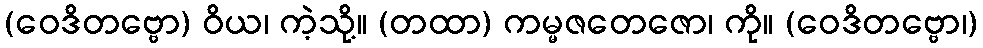
(ဝေဒိတဗ္ဗော) ဝိယ၊ ကဲ့သို့။ (တထာ) ကမ္မဇတေဇော၊ ကို။ (ဝေဒိတဗ္ဗော၊)